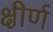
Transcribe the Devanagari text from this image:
क्षीर्ण